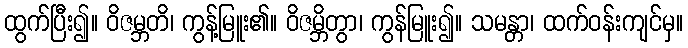
ထွက်ပြီး၍။ ဝိဇမ္ဘတိ၊ ကွန့်မြူး၏။ ဝိဇမ္ဘိတွာ၊ ကွန်မြူး၍။ သမန္တာ၊ ထက်ဝန်းကျင်မှ။